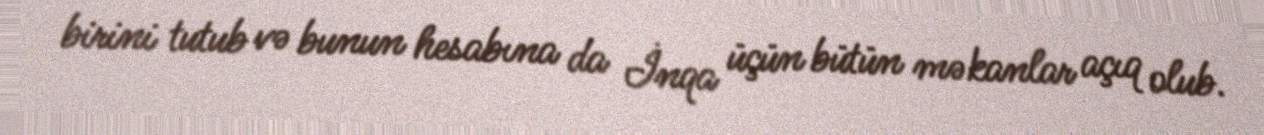
birini tutub və bunun hesabına da İnqa üçün bütün məkanlar açıq olub.